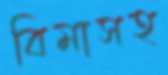
বিমাসহ